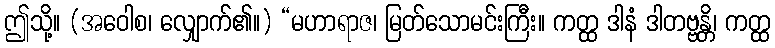
ဤသို့။ (အဝေါစ၊ လျှောက်၏။) “မဟာရာဇ၊ မြတ်သောမင်းကြီး။ ကတ္ထ ဒါနံ ဒါတဗ္ဗန္တိ၊ ကတ္ထ